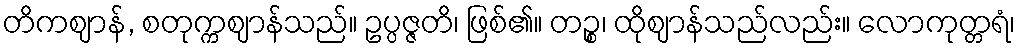
တိကဈာန်, စတုက္ကဈာန်သည်။ ဥပ္ပဇ္ဇတိ၊ ဖြစ်၏။ တဉ္စ၊ ထိုဈာန်သည်လည်း။ လောကုတ္တရံ၊